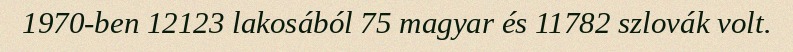
1970-ben 12123 lakosából 75 magyar és 11782 szlovák volt.